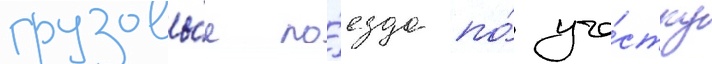
грузовы́е по́езда по́ уча́стку